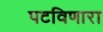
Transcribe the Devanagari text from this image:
पटविणारा